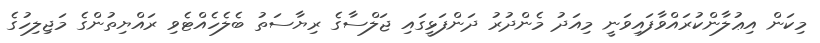
މިކަން އިޢުލާންކުރައްވާފައިވަނީ މިއަދު މެންދުރު ދަންފަޅީގައި ޖަލްސާގެ ރިޔާސަތު ބެލެހެއްޓެވި ރައްޔިތުންގެ މަޖިލިހުގެ